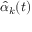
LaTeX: { \hat { \alpha } } _ { k } ( t )